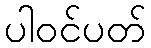
ပါဝင်ပတ်